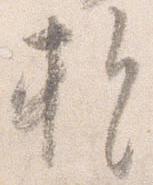
暫